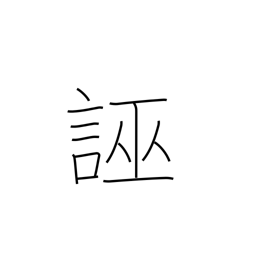
Meaning: slander